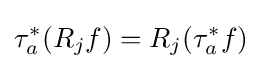
\tau _{a}^{*}(R_{j}f)=R_{j}(\tau _{a}^{*}f)